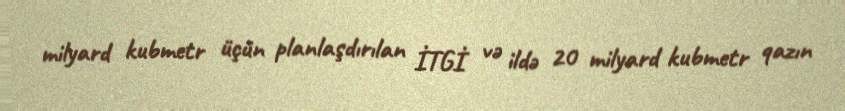
milyard kubmetr üçün planlaşdırılan İTGİ və ildə 20 milyard kubmetr qazın